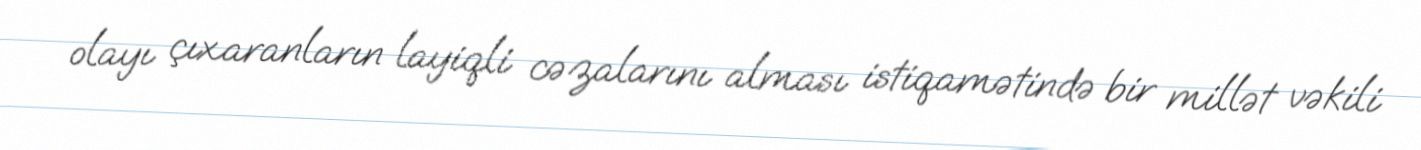
olayı çıxaranların layiqli cəzalarını alması istiqamətində bir millət vəkili